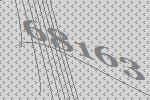
68163